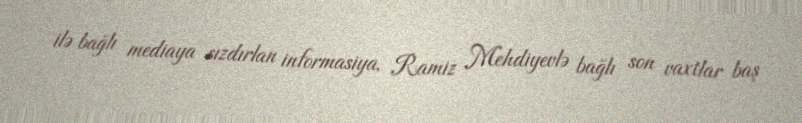
ilə bağlı mediaya sızdırlan informasiya, Ramiz Mehdiyevlə bağlı son vaxtlar baş